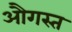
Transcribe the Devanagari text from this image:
औगस्त